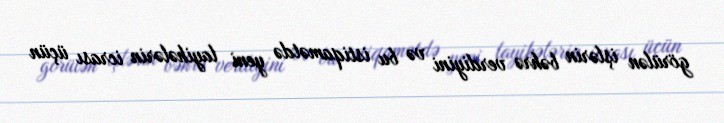
görülən işlərin bəhrə verdiyini və bu istiqamətdə yeni layihələrin icrası üçün